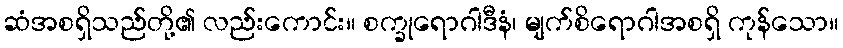
ဆံအစရှိသည်တို့၏ လည်းကောင်း။ စက္ခုရောဂါဒီနံ၊ မျက်စိရောဂါအစရှိ ကုန်သော။